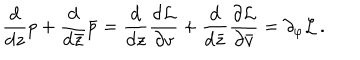
LaTeX: \frac { \mathrm { d } } { \mathrm { d } z } p + \frac { \mathrm { d } } { \mathrm { d } \bar { z } } \bar { p } = \frac { \mathrm { d } } { \mathrm { d } z } \frac { \partial { \cal L } } { \partial v } + \frac { \mathrm { d } } { \mathrm { d } \bar { z } } \frac { \partial { \cal L } } { \partial \bar { v } } = \partial _ { \varphi } { \cal L } \, .